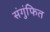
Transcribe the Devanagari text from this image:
संगुंफित